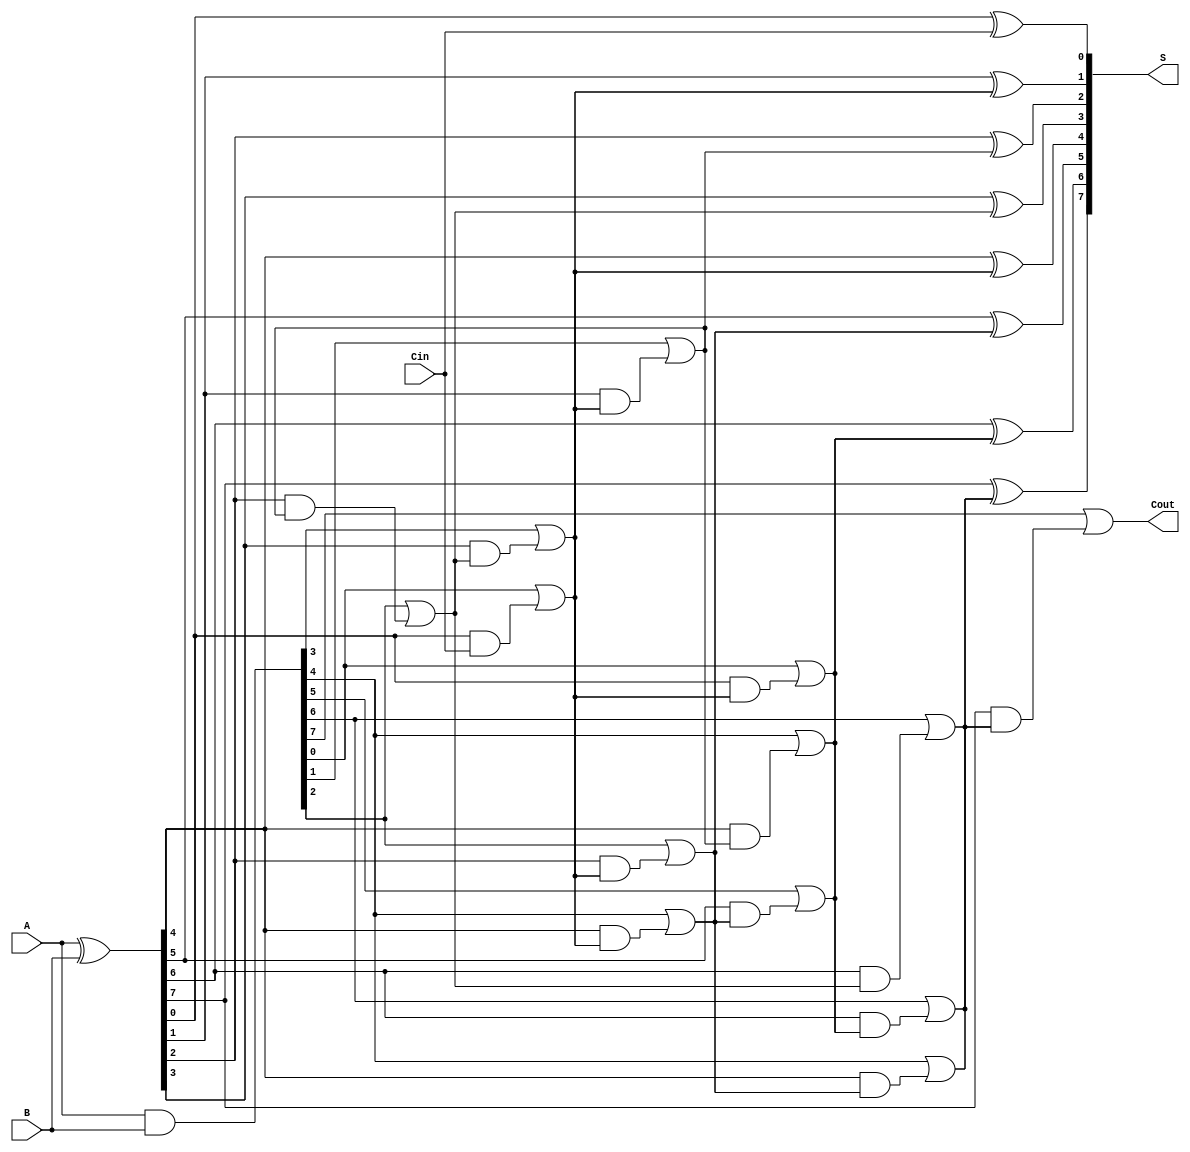
module SklanskyAdder #(parameter n = 8) (
    input  [n-1:0] A,      // First n-bit input
    input  [n-1:0] B,      // Second n-bit input
    input          Cin,     // Carry input
    output [n-1:0] S,      // n-bit sum output
    output         Cout     // Carry output
);

    // Generate and Propagate signals
    wire [n-1:0] G; // Generate
    wire [n-1:0] P; // Propagate
    wire [n:0] C;    // Carry signals

    // Generate and Propagate calculations
    assign G = A & B;        // Generate
    assign P = A ^ B;        // Propagate

    // Carry computation
    assign C[0] = Cin; // Initial carry input

    // Level 1 carry computation
    genvar i;
    generate
        for (i = 0; i < n; i = i + 1) begin: level1
            assign C[i+1] = G[i] | (P[i] & C[i]);
        end
    endgenerate

    // Higher level carry computation
    // Level 2
    generate
        for (i = 0; i < n/2; i = i + 1) begin: level2
            assign C[n/2 + i] = G[2*i] | (P[2*i] & C[i]);
        end
    endgenerate

    // Level 3
    generate
        for (i = 0; i < n/4; i = i + 1) begin: level3
            assign C[n/4 + i + n/2] = G[4*i] | (P[4*i] & C[n/2 + i]);
        end
    endgenerate

    // Continue this pattern for higher levels as needed
    // The number of levels can be adjusted based on the width n

    // Sum computation
    generate
        for (i = 0; i < n; i = i + 1) begin: sum
            assign S[i] = P[i] ^ C[i]; // Sum bits
        end
    endgenerate

    // Final carry output
    assign Cout = C[n];

endmodule